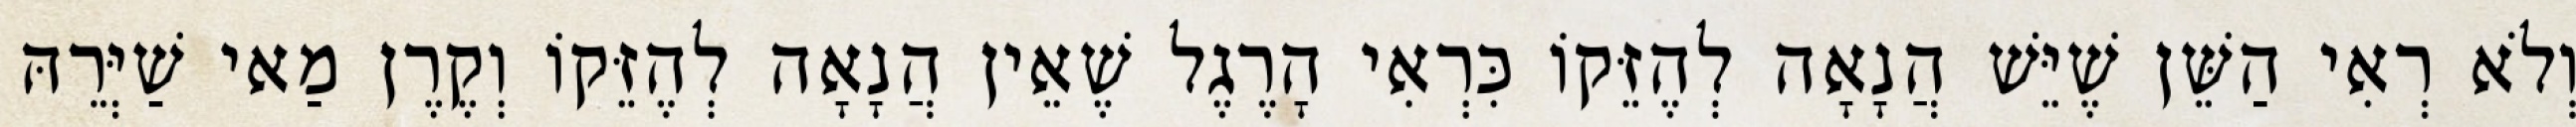
וְלֹא רְאִי הַשֵּׁן שֶׁיֵּשׁ הֲנָאָה לְהֶזֵּקוֹ כִּרְאִי הָרֶגֶל שֶׁאֵין הֲנָאָה לְהֶזֵּקוֹ וְקֶרֶן מַאי שַׁיְּרֵהּ